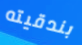
بندقيته